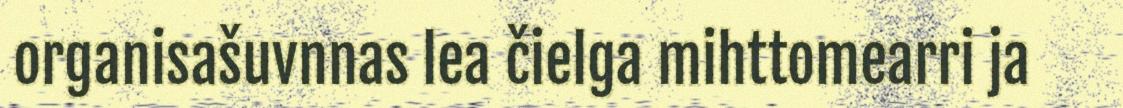
organisašuvnnas lea čielga mihttomearri ja